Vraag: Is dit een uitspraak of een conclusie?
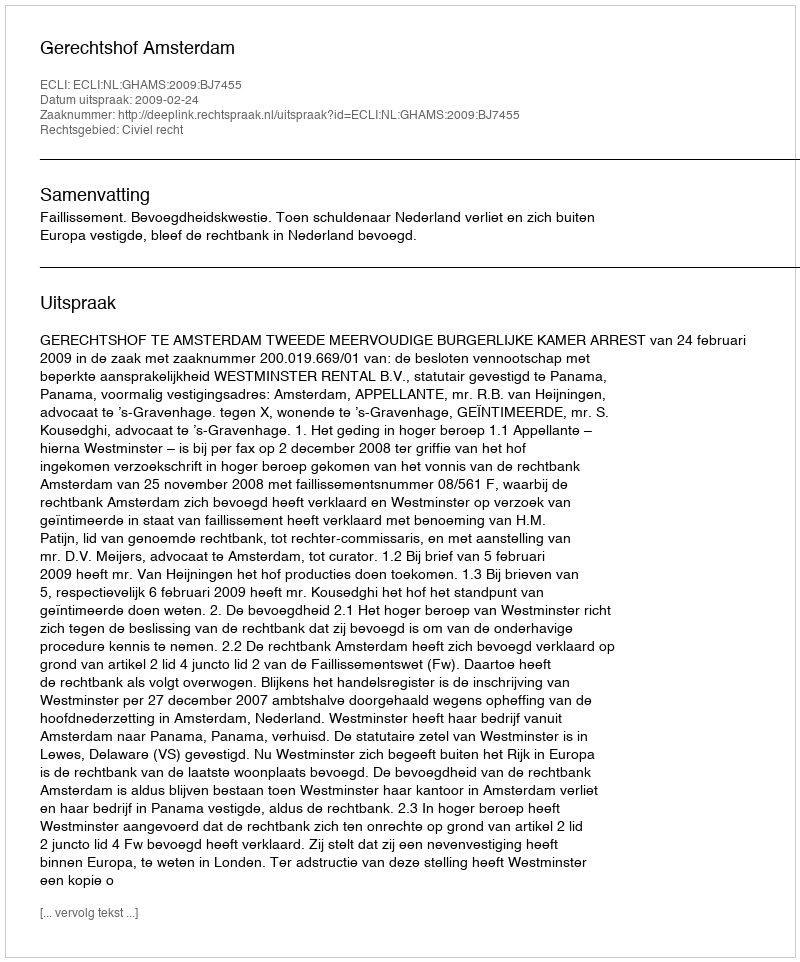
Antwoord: Uitspraak